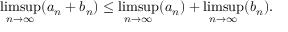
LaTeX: \operatorname* { l i m s u p } _ { n \to \infty } ( a _ { n } + b _ { n } ) \leq \operatorname* { l i m s u p } _ { n \to \infty } ( a _ { n } ) + \operatorname* { l i m s u p } _ { n \to \infty } ( b _ { n } ) .